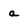
Character: a